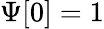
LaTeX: \Psi[0]=1